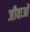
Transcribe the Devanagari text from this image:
जीवाओं